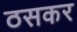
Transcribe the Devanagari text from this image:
ठसकर